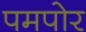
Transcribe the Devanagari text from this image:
पमपोर